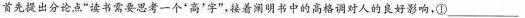
首先提出分论点”读书需要思考一个'高'字”，接着阐明书中的高格调对人的良好影响，①___